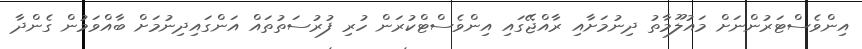
އިންވެސްޓަރުންނަށް މައުލޫމާތު ދިނުމަށާއި ރާއްޖޭގައި އިންވެސްޓްކުރަން ހުރި ފުރުސަތުތައް އަންގައިދިނުމަށް ބާއްވަމުން ގެންދާ